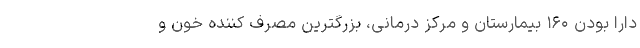
دارا بودن ۱۶۰ بیمارستان و مرکز درمانی، بزرگترین مصرف کننده خون و